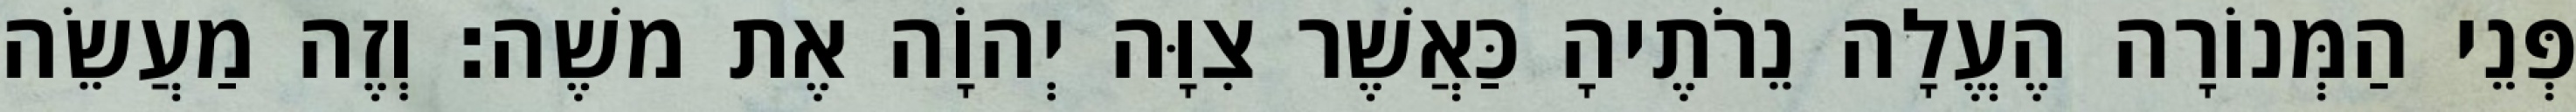
פְּנֵי הַמְּנוֹרָה הֶעֱלָה נֵרֹתֶיהָ כַּאֲשֶׁר צִוָּה יְהוָֹה אֶת משֶׁה׃ וְזֶה מַעֲשֵׂה